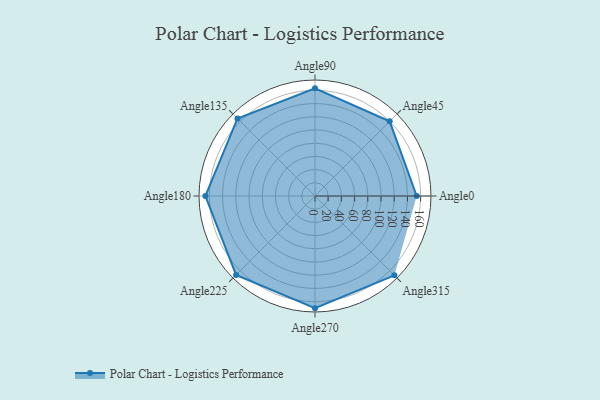
{"axis": {"x": "Angle", "y": "Radius"}, "legend": [""], "data": [{"x": "Angle0", "y": 154.0, "type": ""}, {"x": "Angle45", "y": 160.0, "type": ""}, {"x": "Angle90", "y": 163.0, "type": ""}, {"x": "Angle135", "y": 166.0, "type": ""}, {"x": "Angle180", "y": 166.0, "type": ""}, {"x": "Angle225", "y": 169.0, "type": ""}, {"x": "Angle270", "y": 170, "type": ""}, {"x": "Angle315", "y": 170, "type": ""}]}